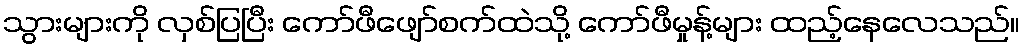
သွားများကို လှစ်ပြပြီး ကော်ဖီဖျော်စက်ထဲသို့ ကော်ဖီမှုန့်များ ထည့်နေလေသည်။